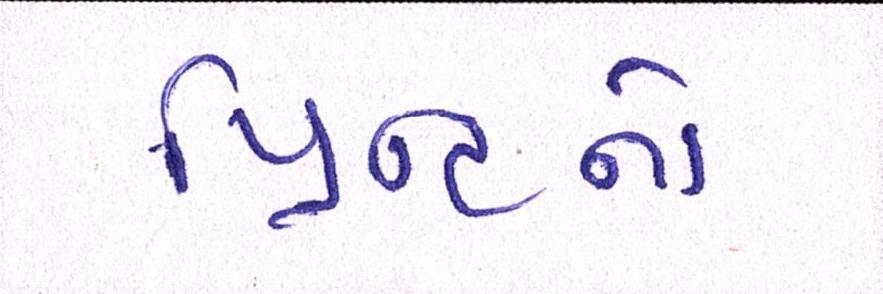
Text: પ્રિન્ટનો